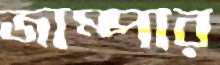
জাম্পার